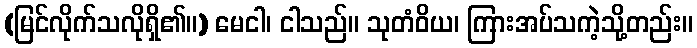
(မြင်လိုက်သလိုရှိ၏။) မေငါ၊ ငါသည်။ သုတံဝိယ၊ ကြားအပ်သကဲ့သို့တည်း။